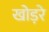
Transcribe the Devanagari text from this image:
खोड़रे